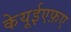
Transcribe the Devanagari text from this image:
केयूईएफ़ए